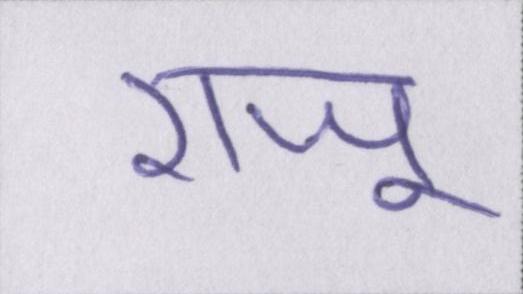
राजू